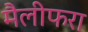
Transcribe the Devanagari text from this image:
मैलीफरा